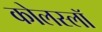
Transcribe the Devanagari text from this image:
कोलस्लॉ